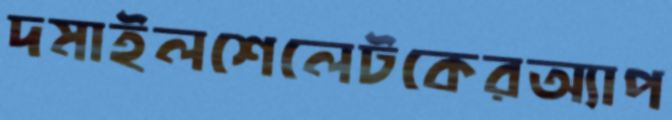
দমাইলশেলেটকেরঅ্যাপ